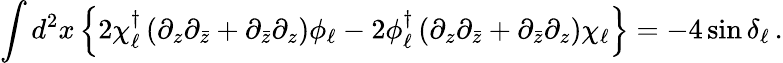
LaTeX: \int d^{2}x\left\{ 2\chi_{\ell}^{\dagger}\left(\partial_{z}\partial_{\bar{z}}+\partial_{\bar{z}}\partial_{z}\right)\phi_{\ell}-2\phi_{\ell}^{\dagger}\left(\partial_{z}\partial_{\bar{z}}+\partial_{\bar{z}}\partial_{z}\right)\chi_{\ell}\right\} =-4\sin\delta_{\ell}\, .